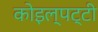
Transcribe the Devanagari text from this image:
कोइल्पट्टी